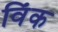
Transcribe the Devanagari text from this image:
विंक